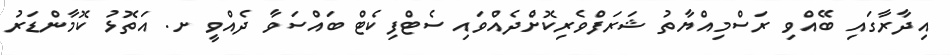
އިދާރާގައި ބޭއްވި ރަސްމިއްޔާތު ޝަރަފްވެރިކޮށްެދެއްވައި ސެޓްފިކެޓް ބައްސަވާ ދެއްވީ ށ. އަތޮޅު ކޮމާންޑަރު